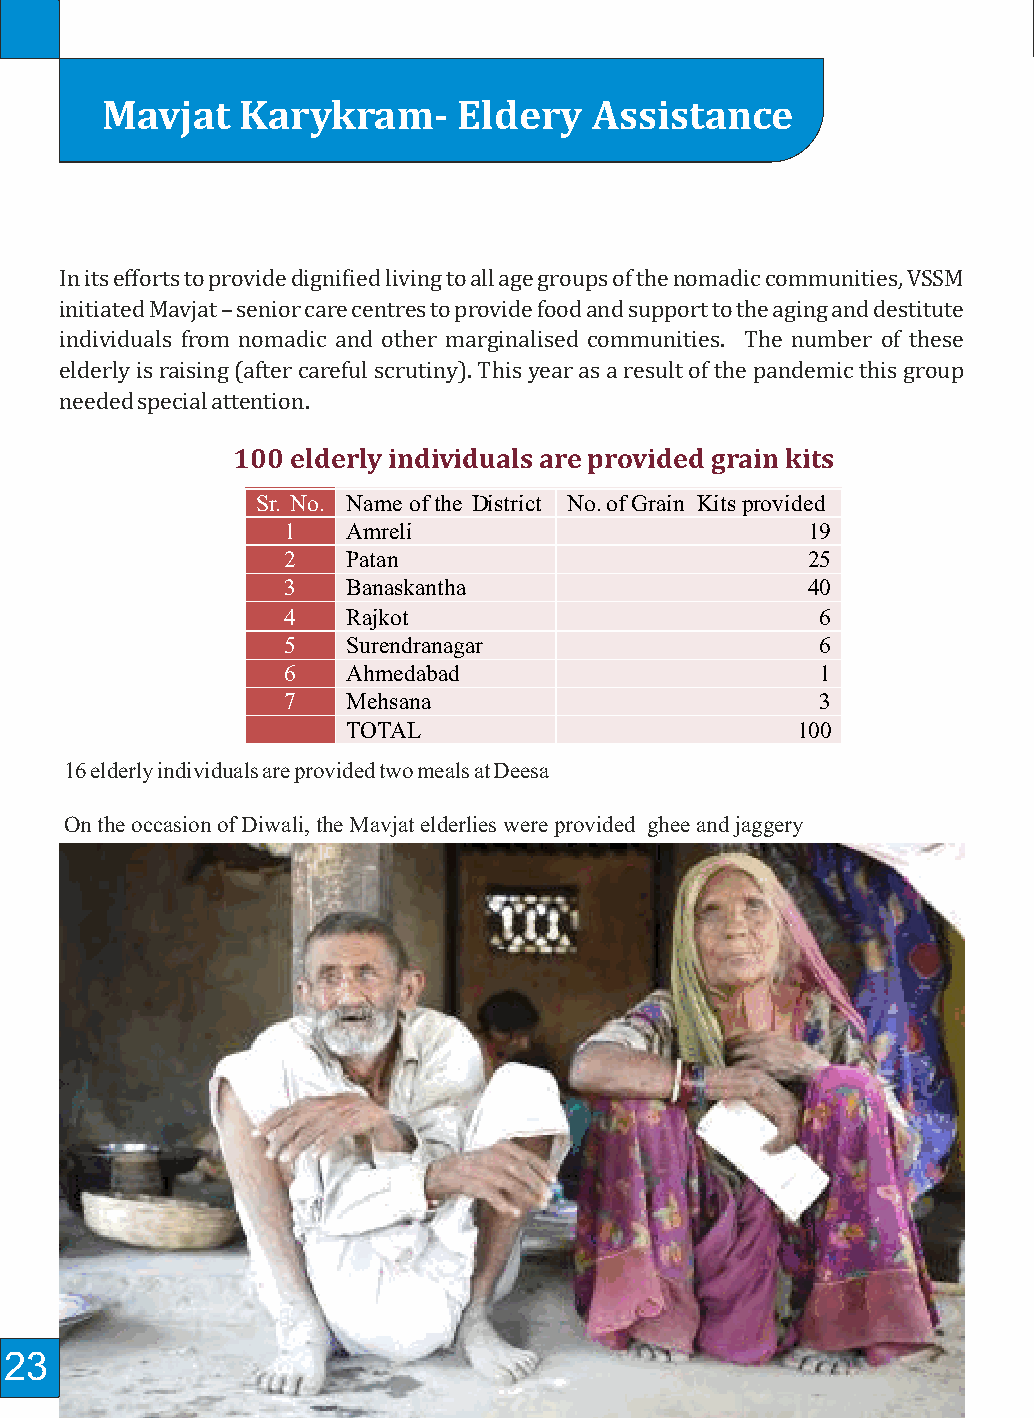
Mavjat   Karykram-     Eldery   Assistance                              Housing
 Enabling the nomadic and de-notiied communities leading an itinerant lifestyle ind a
 In its efforts to provide digniied living to all age groups of the nomadic communities, VSSM
 permanent address, a home has been one of the highest priorities of VSSM. Our continued
 initiated Mavjat – senior care centres to provide food and support to the aging and destitute
 efforts have helped 938 nomadic families ind a permanent address. This year the 1054
 individuals from nomadic and other marginalised communities. The number of these families we work with have obtained residential plots from the government.
 elderly is raising (after careful scrutiny). This year as a result of the pandemic this group
 needed special attention.
 Construction at Rajkot’s Beti Rampara
 100 elderly individuals are provided grain kits
 This year our focus has been on the
 Sr. No. Name ofthe District No.ofGrain Kitsprovided
 commencing construction in the Bawri
 1   Amreli                        19
 settlement of Kubliyapara, in the heart of
 2   Patan                         25
 Rajkot city. The Bawri families are extremely
 3   Banaskantha                   40
 poor, earning their living from selling balloons,
 4   Rajkot                         6
 plastic chairs or take up menial jobs for a daily
 5   Surendranagar                  6
 wage. These families continue to lead a
 6   Ahmedabad                      1
 nomadic life.
 7   Mehsana                        3
 TOTAL                         100
 After VSSM came into contact with them in
 16 elderly individuals are provided two meals at Deesa                                          2013, it helped them acquire the basic identity
 proofs. In 2016, 123 families applied for the allotment of residential plots. As it is with
 On the occasion of Diwali, the Mavjat elderlies were provided ghee and jaggery most applications in the government, these applications too kept getting pushed and
 stalled until January 2020 when 98 families received orders from the government about
 the allocation of residential plots in an area known as Beti Rampara. We are still following
 up with the remaining applications.
 Each plot is 41.82 sq. mts. in size, enough to accommodate a room, a kitchen, a toilet block
 and a front yard.
 These families have also received the beneit of Pandit Dindayal Awas Yojana which
 includes the grant of Rs. 1.20 lakh in three instalments. 68 families out of 98 have already
 received this amount. VSSM is also going to apply for the NREGA grant of Rs. 20,000/-.
 A standard liveable house can be constructed at the cost of Rs. 2.30 lacs per house. If we
 consider the help of Rs. 1.40 lakh to be received from the Government, there is still a
 deicit for Rs. 90,000/- per house. VSSM will support the families by providing Rs. 40,000
 each while the remaining required amount will be contributed by the beneiciaries.
 VSSM has decided to begin the construction of 58 houses out of these 68 families in the
 irst phase of construction. VSSM is extending help of Rs. 40,000/- per house to 58
 families as the irst phase of construction.
 23                                                                                                                                 24